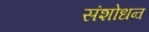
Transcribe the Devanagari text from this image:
संशोधऩ